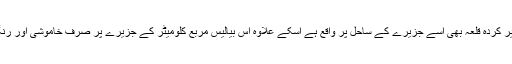
پرتگالیوں کا تعمیر کردہ قلعہ بھی اسے جزیرے کے ساحل پر واقع ہے اسکے علاوہ اس بیالیس مربع کلومیٹر کے جزیرے پر صرف خاموشی اور رنگ حکم فرما ہیں۔